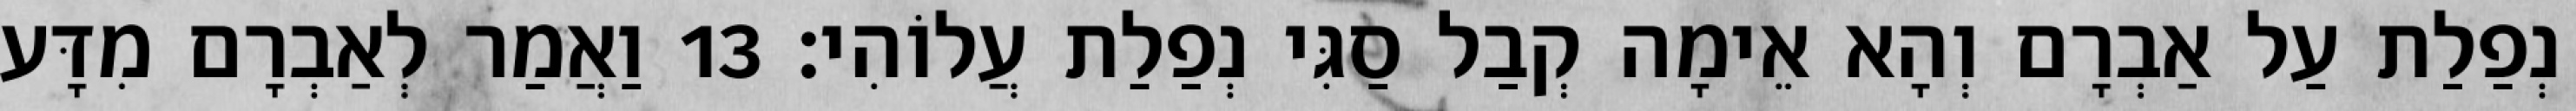
נְפַלַת עַל אַבְרָם וְהָא אֵימָה קְבַל סַגִּי נְפַלַת עֲלוֹהִי׃ 13 וַאֲמַר לְאַבְרָם מִדָּע